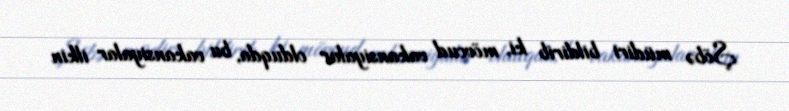
Şöbə müdiri bildirib ki, mövcud vakansiyalar olduqda, bu vakansiyalar ilkin